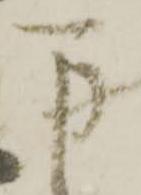
万